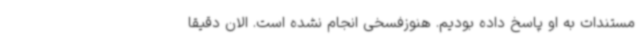
مستندات به او پاسخ داده بودیم. هنوزفسخی انجام نشده است. الان دقیقا